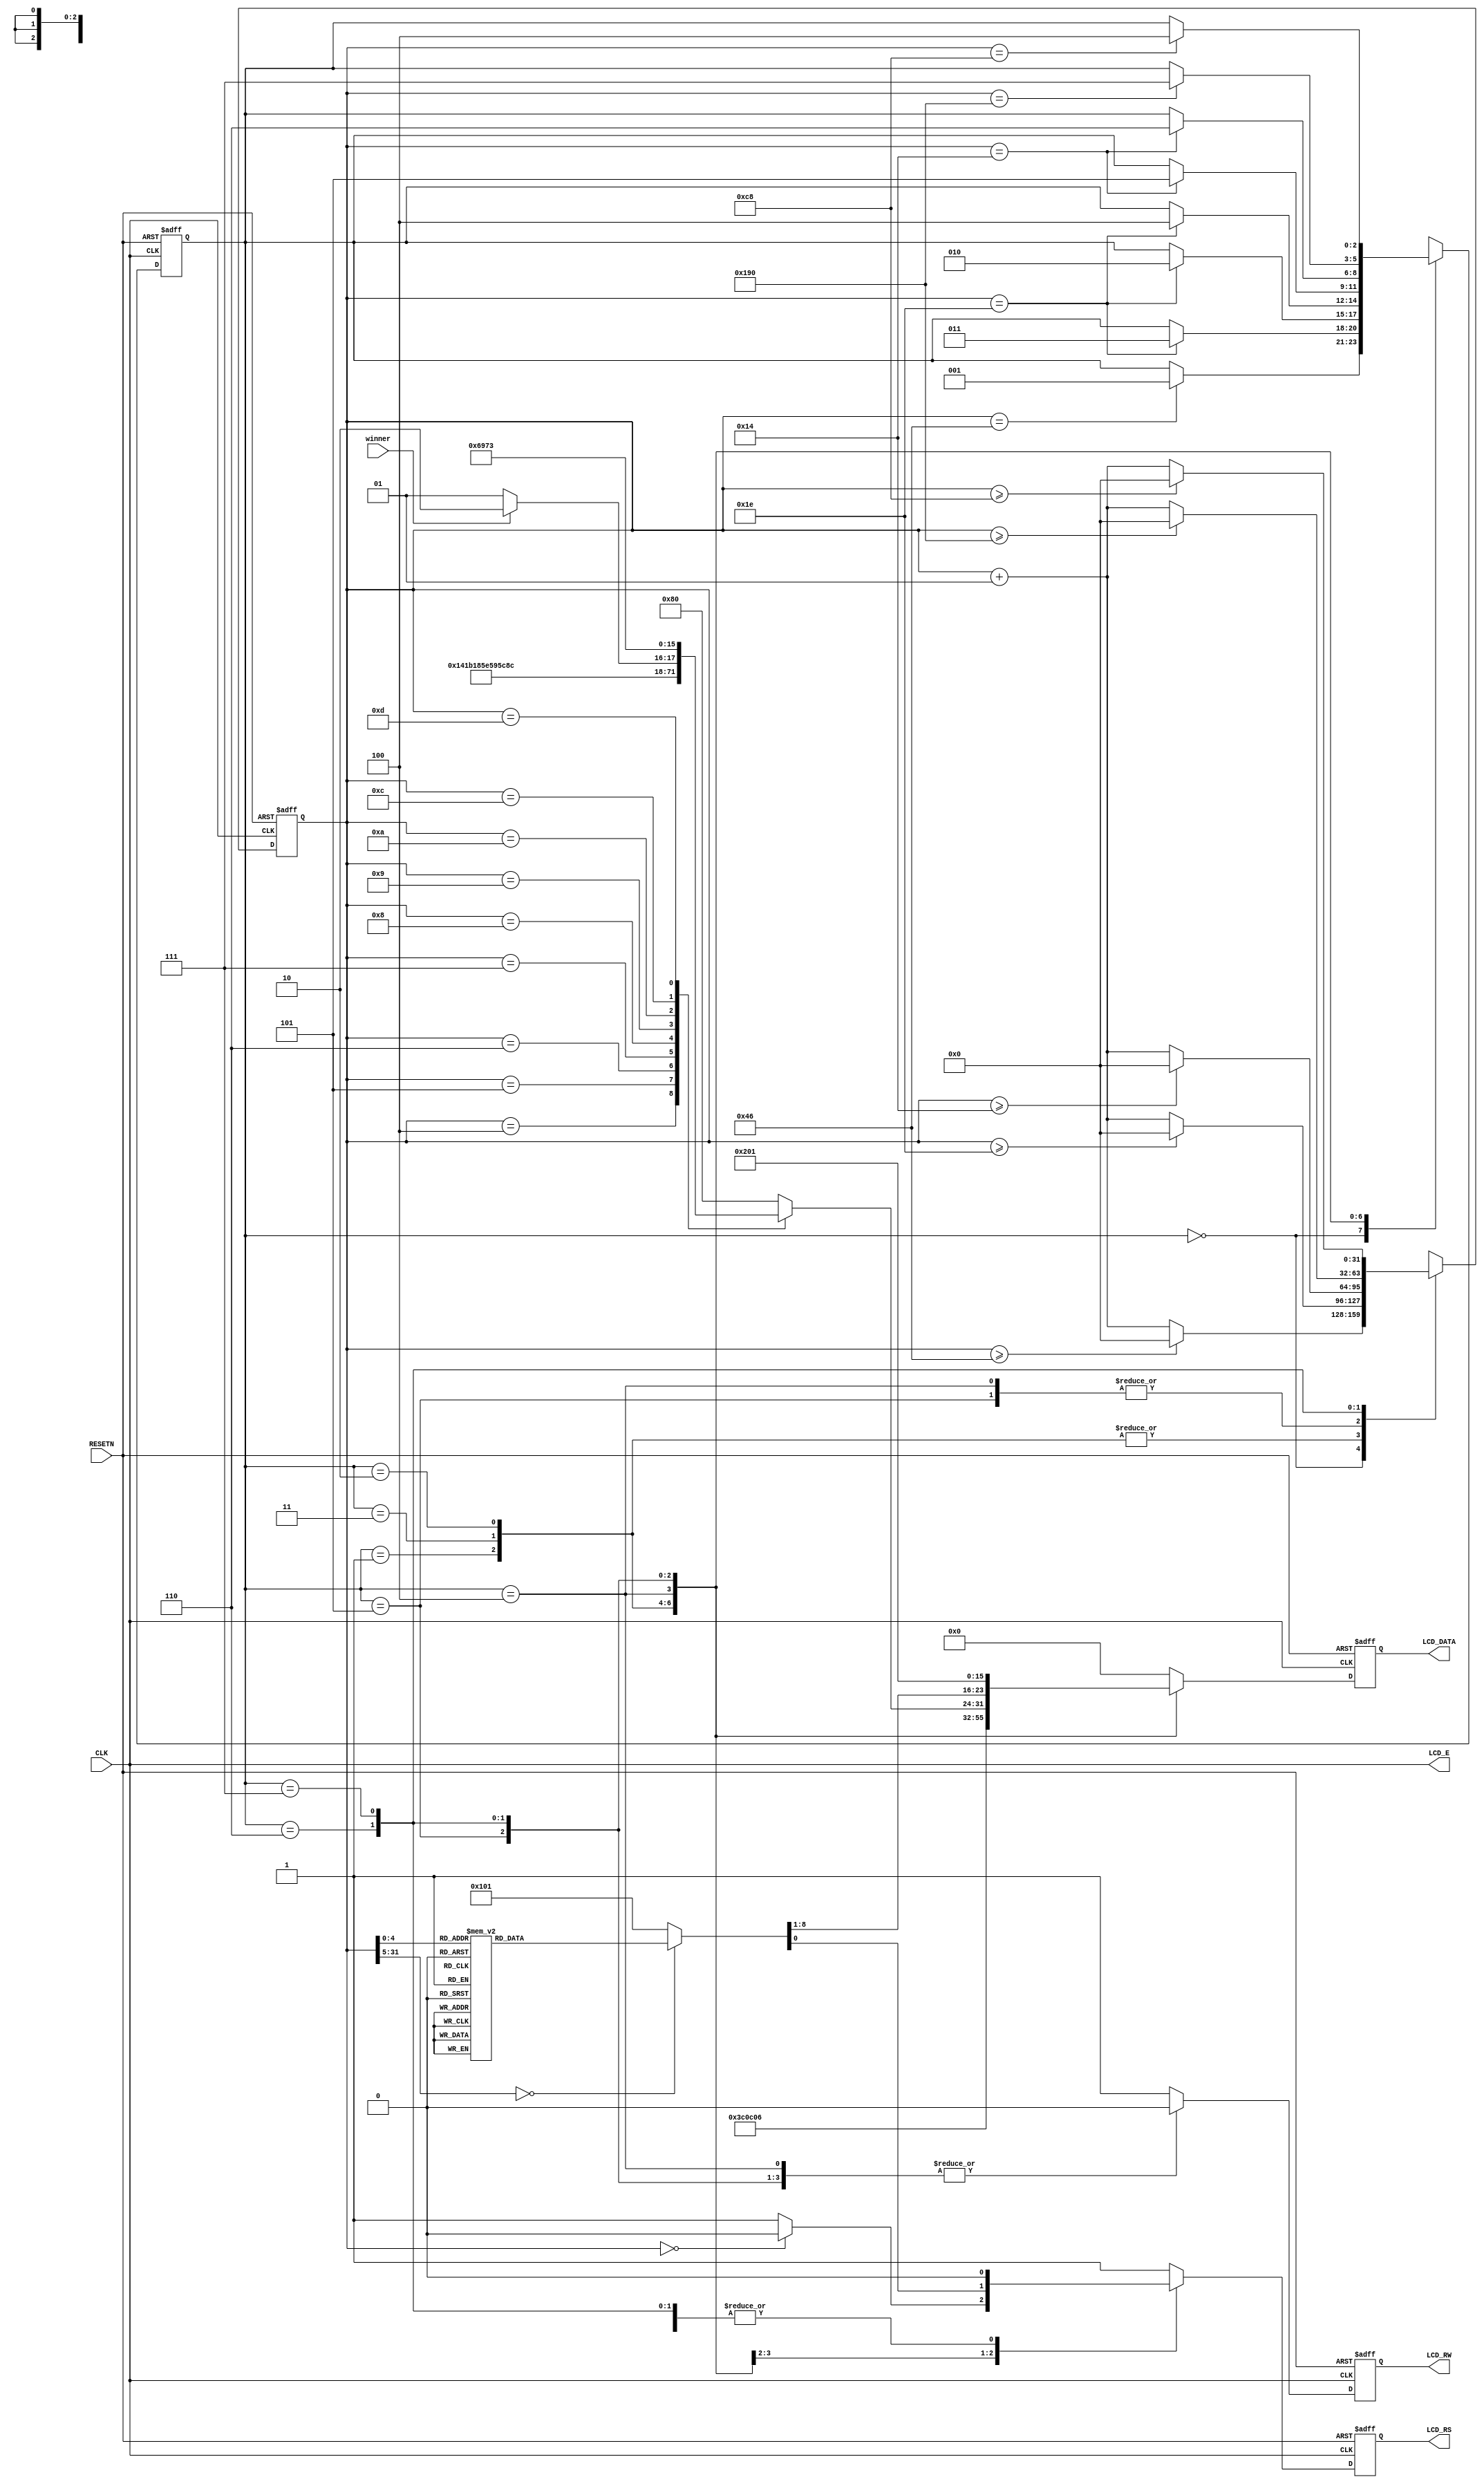
module final_winner(
RESETN, CLK, LCD_E, LCD_RS, LCD_RW, LCD_DATA, winner);

input RESETN, CLK;
input winner;
output LCD_E, LCD_RS, LCD_RW;
output [7:0]LCD_DATA;

wire LCD_E;
reg LCD_RS, LCD_RW;
reg [7:0]LCD_DATA;
reg [2:0]STATE;
parameter DELAY = 3'b000,	FUNCTION_SET = 3'b001,
			ENTRY_MODE = 3'b010, DISP_ONOFF = 3'b011,
			LINE1 = 3'b100, LINE2 = 3'b101,
			DELAY_T = 3'b110, CLEAR_DISP = 3'b111;
			
integer CNT;

always @(posedge RESETN or posedge CLK)
begin
	if(RESETN)	STATE = DELAY;
	else
		begin
			case (STATE)
				DELAY: if(CNT==70) STATE=FUNCTION_SET;
				FUNCTION_SET: if(CNT==30) STATE=DISP_ONOFF;
				DISP_ONOFF: if(CNT==30) STATE = ENTRY_MODE;
				ENTRY_MODE: if(CNT==30) STATE=LINE1;
				LINE1: if(CNT==20) STATE=LINE2;
				LINE2: if(CNT==20) STATE=DELAY_T;
				DELAY_T: if(CNT==400) STATE = CLEAR_DISP;
				CLEAR_DISP: if(CNT==200) STATE=LINE1;
				default: STATE=DELAY;
			endcase
		end
end

always @(posedge RESETN or posedge CLK)
begin
	if(RESETN) CNT = 0;
	else
		begin
			case(STATE)
				DELAY: if(CNT>=70) CNT = 0;
						else CNT = CNT+1;
				FUNCTION_SET: if(CNT>=30) CNT = 0;
									else CNT = CNT + 1;
				DISP_ONOFF: if(CNT>=30) CNT = 0;
								else CNT = CNT+1;
				ENTRY_MODE: if(CNT>=30) CNT = 0;
								else CNT = CNT+1;
				LINE1: if(CNT>=20) CNT = 0;
								else CNT = CNT+1;
				LINE2: if(CNT>=20) CNT = 0;
								else CNT = CNT+1;
				DELAY_T: if(CNT>=400) CNT = 0;
								else CNT = CNT+1;
				CLEAR_DISP: if(CNT>=200) CNT = 0;
								else CNT = CNT+1;
				default: CNT=0;
			endcase
		end
end

always @(posedge RESETN or posedge CLK)
begin
	if(RESETN) begin
		LCD_RS = 1'b1;
		LCD_RW = 1'b1;
		LCD_DATA = 8'b00000000;
		end
	else begin
		case(STATE)
			FUNCTION_SET: begin
				LCD_RS = 1'b0; LCD_RW = 1'b0;
				LCD_DATA = 8'b00111100;
				end
			DISP_ONOFF: begin
				LCD_RS = 1'b0; LCD_RW = 1'b0;
				LCD_DATA = 8'b00001100;
				end
			ENTRY_MODE: begin
				LCD_RS = 1'b0; LCD_RW = 1'b0;
				LCD_DATA = 8'b00000110;
				end
			LINE1: begin
				LCD_RW = 1'b0;
				
				case(CNT)
					0:begin
						LCD_RS = 1'b0; LCD_DATA = 8'b10000000;
						end
					1:begin
						LCD_RS = 1'b1; LCD_DATA = 8'b10000000;
						end
					2:begin
						LCD_RS = 1'b1; LCD_DATA = 8'b10000000;
						end
					3:begin
						LCD_RS = 1'b1; LCD_DATA = 8'b10000000;
						end
					4:begin
						LCD_RS = 1'b1; LCD_DATA = 8'b01010000;
						end
					5:begin
						LCD_RS = 1'b1; LCD_DATA = 8'b01101100;
						end
					6:begin
						LCD_RS = 1'b1; LCD_DATA = 8'b01100001;
						end
					7:begin
						LCD_RS = 1'b1; LCD_DATA = 8'b01111001;
						end
					8:begin
						LCD_RS = 1'b1; LCD_DATA = 8'b01100101;
						end
					9:begin
						LCD_RS = 1'b1; LCD_DATA = 8'b01110010;
						end
					10:begin
                    if ((winner == 1'b0)) begin // winner == 0
                        LCD_RS = 1'b1; LCD_DATA = 8'b00110001;
							end
                    else if ((winner == 1'b1)) begin // winner == 1
                        LCD_RS = 1'b1; LCD_DATA = 8'b00110010;
							end												
                    else begin // winner != 0 ~ 1
								LCD_RS = 1'b1; LCD_DATA = 8'b10000000;
							end
						end
					11:begin
						LCD_RS = 1'b1; LCD_DATA = 8'b10000000;
						end
					12:begin
						LCD_RS = 1'b1; LCD_DATA = 8'b01101001;
						end
					13:begin
						LCD_RS = 1'b1; LCD_DATA = 8'b01110011;
						end
					14:begin
						LCD_RS = 1'b1; LCD_DATA = 8'b10000000;
						end
					15:begin
						LCD_RS = 1'b1; LCD_DATA = 8'b10000000;
						end
					16:begin
						LCD_RS = 1'b1; LCD_DATA = 8'b10000000;
						end
					default:begin
						LCD_RS = 1'b1; LCD_DATA = 8'b10000000;
						end
					endcase
				end
			LINE2: begin
				
				LCD_RW = 1'b0;
				
				case(CNT)
					0:begin
						LCD_RS = 1'b0; LCD_DATA = 8'b11000000;
					end
					1:begin
						LCD_RS = 1'b1; LCD_DATA = 8'b10000000;
					end
					2:begin
						LCD_RS = 1'b1; LCD_DATA = 8'b10000000;
						end
					3:begin
						LCD_RS = 1'b1; LCD_DATA = 8'b10000000;
						end
					4:begin
						LCD_RS = 1'b1; LCD_DATA = 8'b01110100;
						end
					5:begin
						LCD_RS = 1'b1; LCD_DATA = 8'b01101000;
						end
					6:begin
						LCD_RS = 1'b1; LCD_DATA = 8'b01100101;
						end
					7:begin
						LCD_RS = 1'b1; LCD_DATA = 8'b10000000;
						end
					8:begin
						LCD_RS = 1'b1; LCD_DATA = 8'b01110111;
						end
					9:begin
						LCD_RS = 1'b1; LCD_DATA = 8'b01101001;
						end
					10:begin
						LCD_RS = 1'b1; LCD_DATA = 8'b01101110;
						end
					11:begin
						LCD_RS = 1'b1; LCD_DATA = 8'b01101110;
						end
					12:begin
						LCD_RS = 1'b1; LCD_DATA = 8'b01100101;
						end
					13:begin
						LCD_RS = 1'b1; LCD_DATA = 8'b01110010;
						end
					14:begin
						LCD_RS = 1'b1; LCD_DATA = 8'b00100001;
						end
					15:begin
						LCD_RS = 1'b1; LCD_DATA = 8'b10000000;
						end
					16:begin
						LCD_RS = 1'b1; LCD_DATA = 8'b10000000;
						end
					default:begin
						LCD_RS = 1'b1; LCD_DATA = 8'b10000000;
						end
					endcase
				end
			DELAY_T:begin
				LCD_RS = 1'b0; LCD_RW=1'b0;
				LCD_DATA = 8'b00000010;
				end
			CLEAR_DISP:begin
				LCD_RS = 1'b0; LCD_RW=1'b0;
				LCD_DATA = 8'b00000001;
				end
			default: begin
				LCD_RS = 1'b1; LCD_RW=1'b1;
				LCD_DATA = 8'b00000000  ;
				end
			endcase
		end
	end
	
	assign LCD_E = CLK;
	
	endmodule